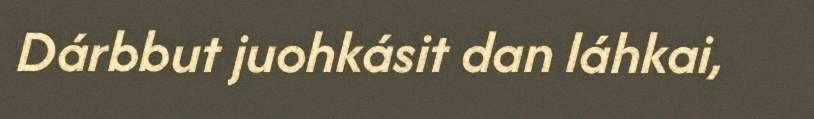
Dárbbut juohkásit dan láhkai,